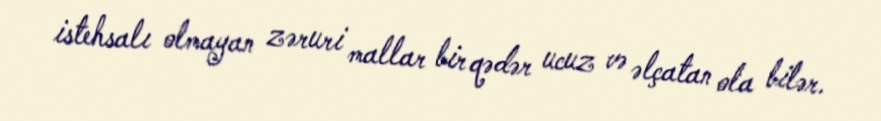
istehsalı olmayan zəruri mallar bir qədər ucuz və əlçatan ola bilər.